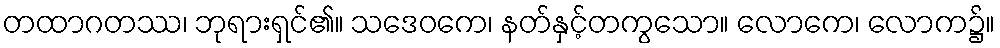
တထာဂတဿ၊ ဘုရားရှင်၏။ သဒေဝကေ၊ နတ်နှင့်တကွသော။ လောကေ၊ လောက၌။